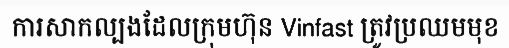
ការសាកល្បងដែលក្រុមហ៊ុន Vinfast ត្រូវប្រឈមមុខ